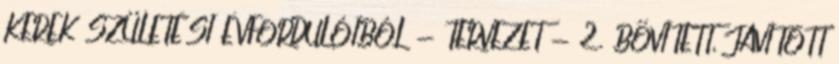
KEREK SZÜLETÉSI ÉVFORDULÓIBÓL - TERVEZET - 2. BŐVÍTETT, JAVÍTOTT